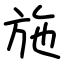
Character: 施